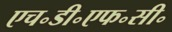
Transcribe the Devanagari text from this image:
एच॰डी॰एफ॰सी॰